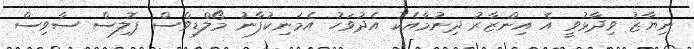
ނިޔާޒު ވިދާޅުވީ އެ އިންޒާރު ދިނުމާއެކު އެދުވަހު އެމަނިކުފާނު މޯލްޑިވްސް ޕޮލިސް ސާވިސް